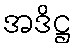
အဒိဋ္ဌ